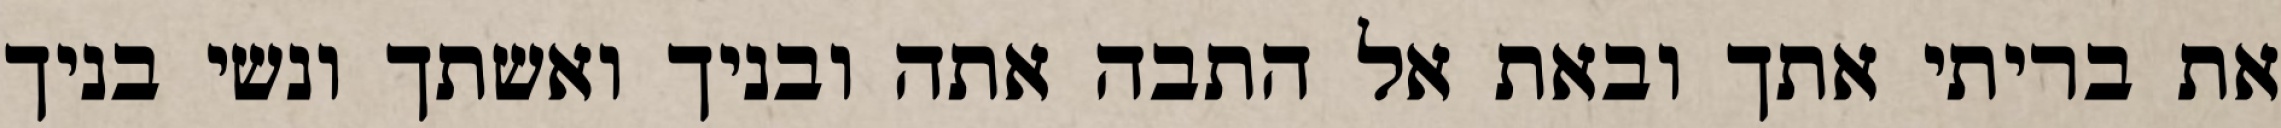
את בריתי אתך ובאת אל התבה אתה ובניך ואשתך ונשי בניך